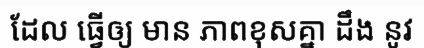
ដែល ធ្វើឲ្យ មាន ភាពខុសគ្នា ដឹង នូវ